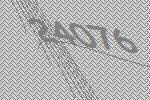
24076